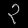
Digit: ၃